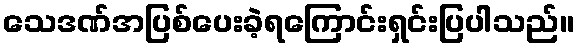
သေဒဏ်အပြစ်ပေးခဲ့ရကြောင်းရှင်းပြပါသည်။